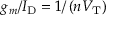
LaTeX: g _ { m } / I _ { \mathrm { D } } = 1 / \left( n V _ { \mathrm { T } } \right)